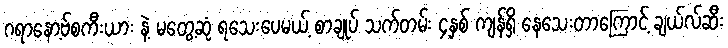
ဂရာနော့ဗ်စကီးယား နဲ့ မတွေ့ဆုံ ရသေးပေမယ့် စာချုပ် သက်တမ်း ၄နှစ် ကျန်ရှိ နေသေးတာကြောင့် ချယ်လ်ဆီး